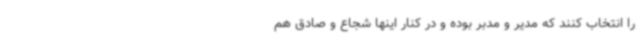
را انتخاب کنند که مدیر و مدبر بوده و در کنار اینها شجاع و صادق هم